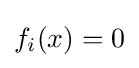
f_{i}(x)=0